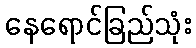
နေရောင်ခြည်သုံး